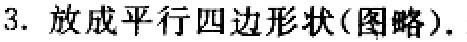
3. 放成平行四边形状(图略).